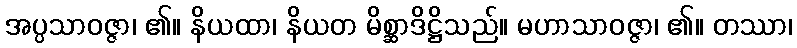
အပ္ပသာဝဇ္ဇာ၊ ၏။ နိယထာ၊ နိယတ မိစ္ဆာဒိဋ္ဌိသည်။ မဟာသာဝဇ္ဇာ၊ ၏။ တဿာ၊